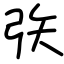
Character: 矤